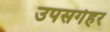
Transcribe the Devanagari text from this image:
उपसर्गहर